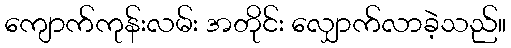
ကျောက်ကုန်းလမ်း အတိုင်း လျှောက်လာခဲ့သည်။